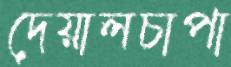
দেয়ালচাপা